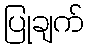
ပြုချက်